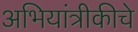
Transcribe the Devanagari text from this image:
अभियांत्रीकीचे